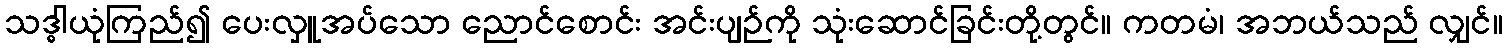
သဒ္ဓါယုံကြည်၍ ပေးလှူအပ်သော ညောင်စောင်း အင်းပျဉ်ကို သုံးဆောင်ခြင်းတို့တွင်။ ကတမံ၊ အဘယ်သည် လျှင်။